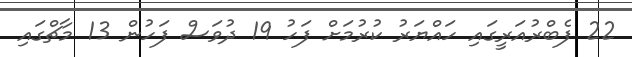
22 ފެބްރުއަރީގައި ހައްޔަރު ކުރުމަށް ފަހު 19 ދުވަސް ފަހުން 13 މާޗްގައި